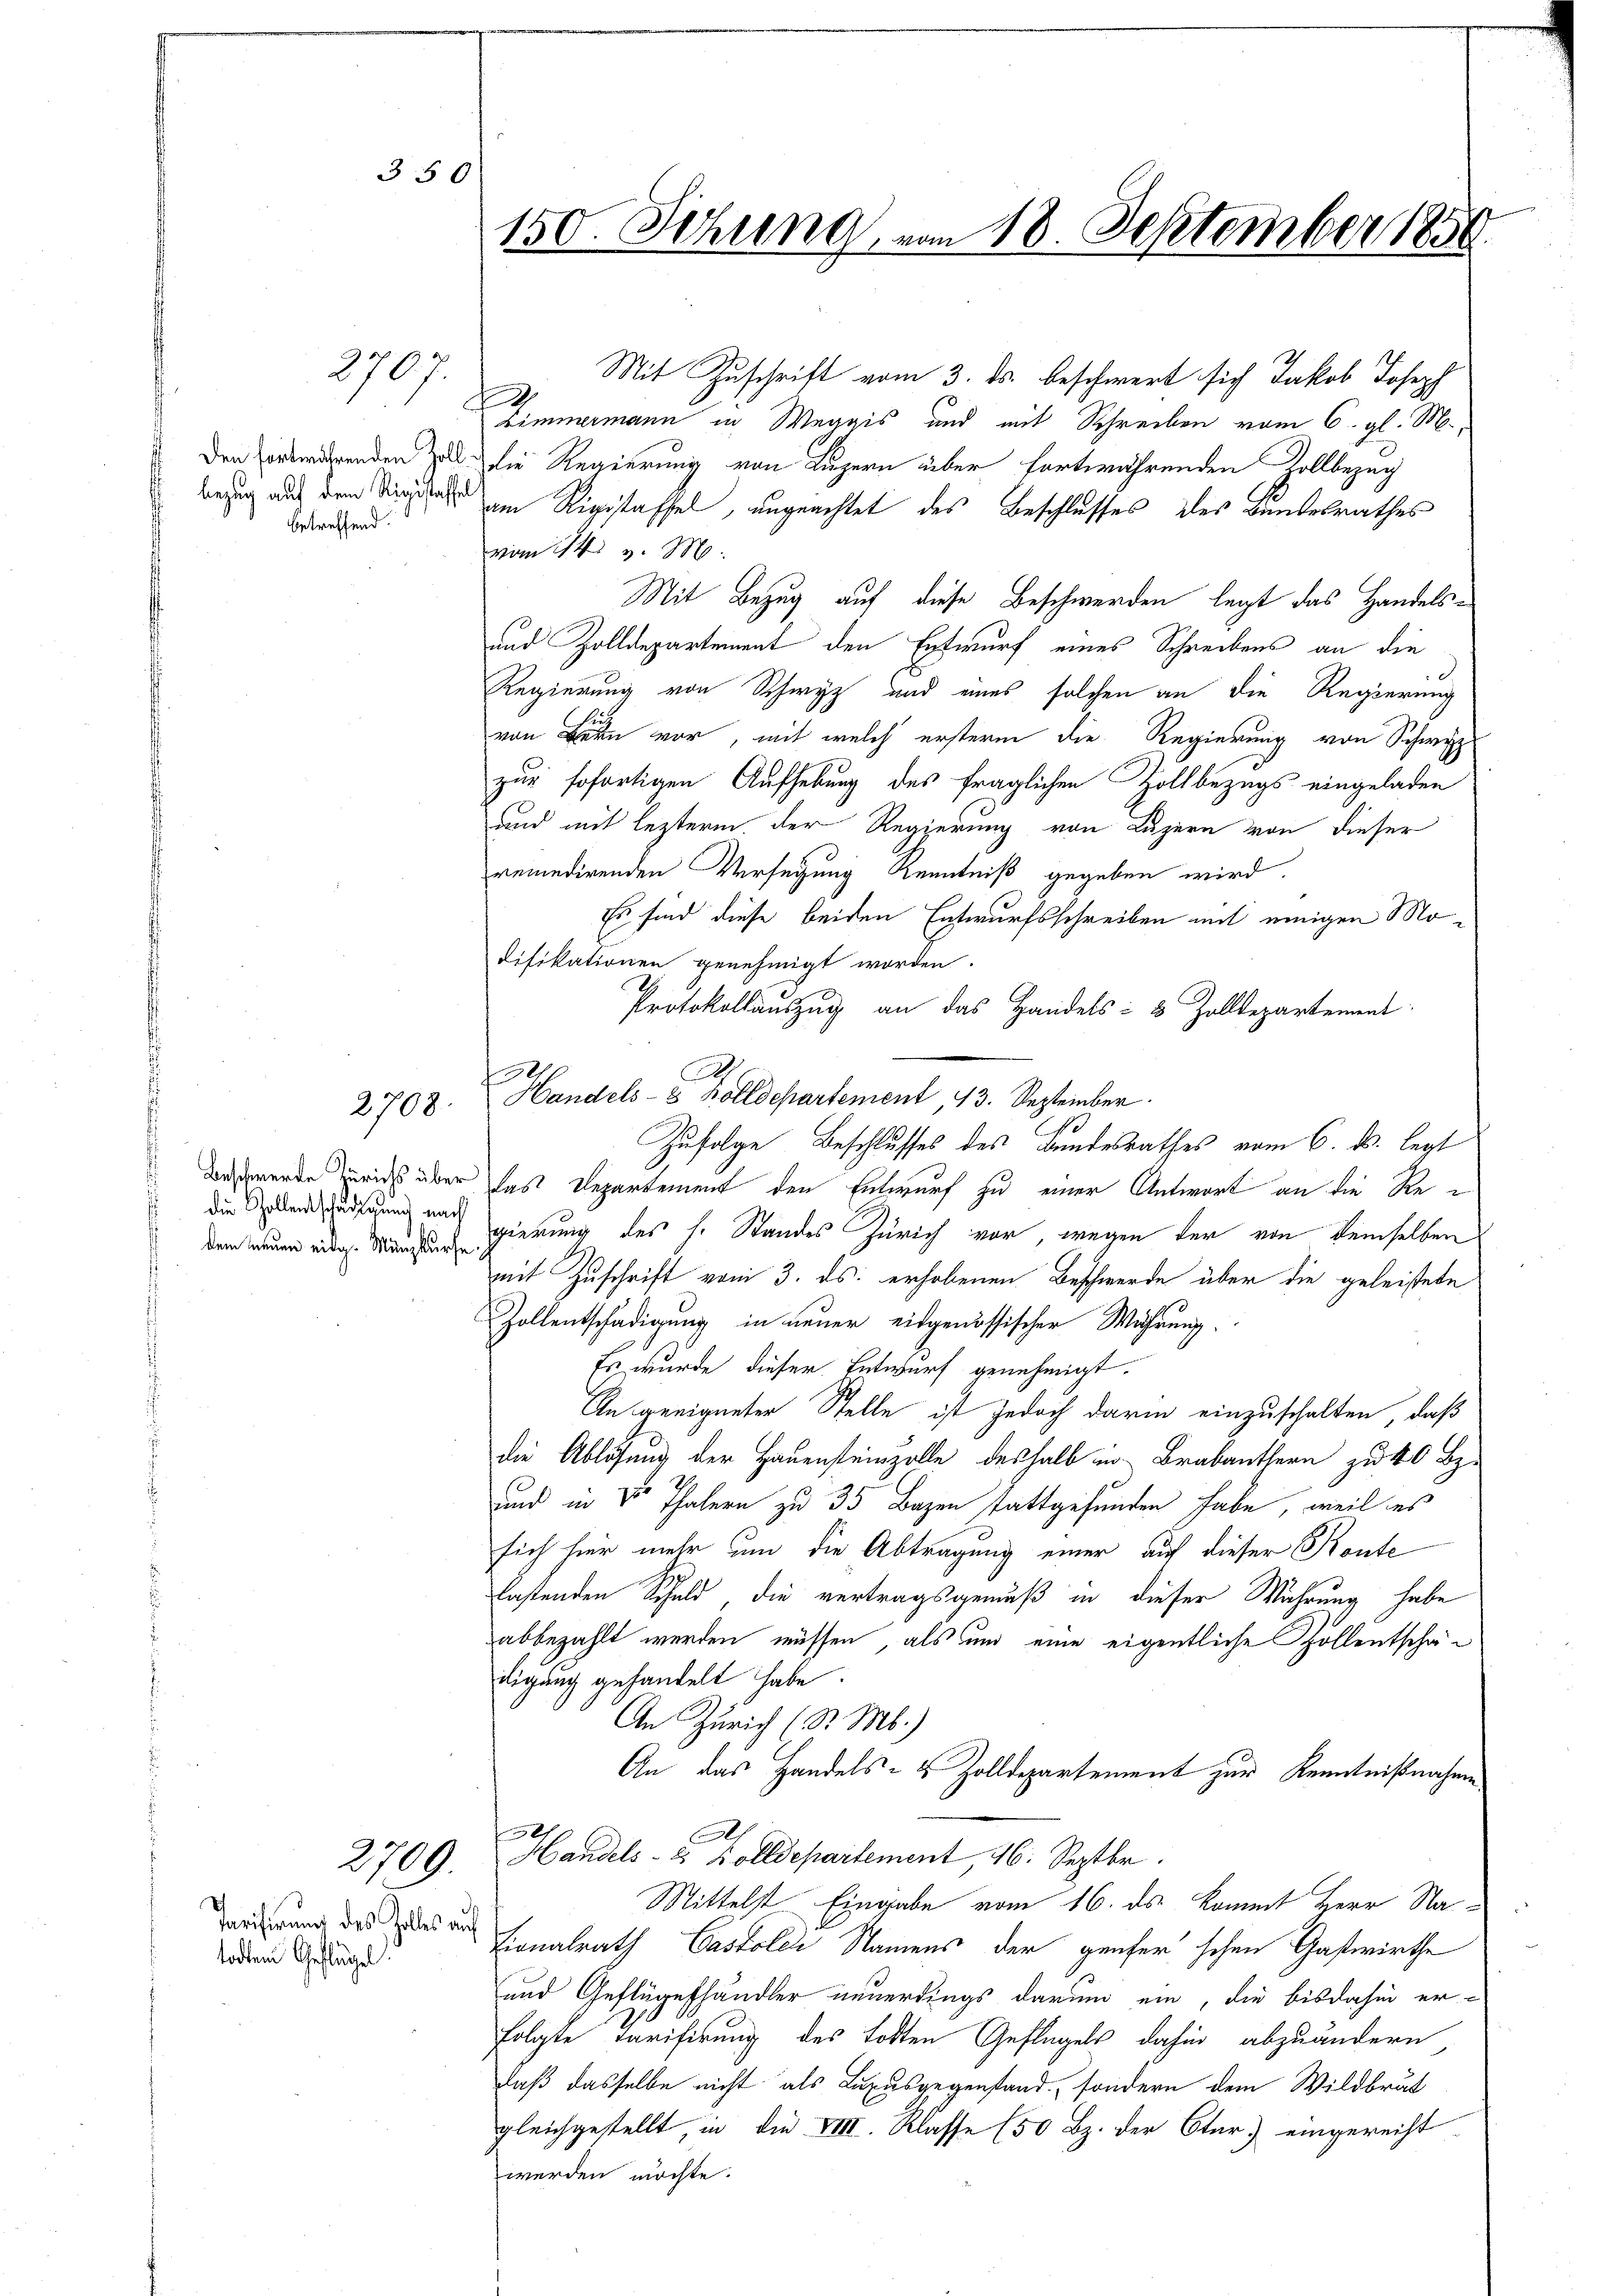
350

Den fortwährenden Zoll
bezug auf dem Rigistraffe
betreffend.

2708.

2707.
A

die Zollentschädigung nach

2709.

Parisirung des Zolles auf
todten Geflügel.

150. Sitzung vom 18. September 1850.

Mit Zuschrift vom 3. ds. beschwert sich Jakob Joseph
Zimmermann in Weggis und mit Schreiben vom 6. gl. M.,
die Regierung von Luzern über fortwährenden Zollbezug
am Rigistaffel, ungeachtet des Beschlusses des Bundesrathes
vom 14. v. M.
Mit Bezug auf diese Beschwerden legt das Handels¬
und Zolldepartement den Entwurf eines Schreibens an die
Regierung von Schwyz und eines solchen an die Regierung
von Bern vor, mit welch erstern die Regierung von Schwyz
zur sofortigen Aufhebung des fraglichen Zollbezugs eingeladen
und mit lezterm der Regierung von Luzern von dieser
remedirenden Verfügung Kenntniß gegeben wird.
Es sind diese beiden Entwurfsschreiben mit einigen Modifikationen genehmigt worden.
Protokollauszug an das Handels- & Zolldepartement
Zufolge Beschlusses des Bundesrathes vom 6. ds. legt
Beschwerde zurich über das Departement den Entwurf zu einer Antwort an die Redem neuen eidg. Mangen gierung des h. Standes Zürich vor, wegen der von demselben
mit Zuschrift vom 3. ds. erhobenen Beschwerde über die geleistete
Zollentschädigung in neuer eidgenössischer Wahrung.
Es wurde dieser Entwurf genehmigt.
An geeigneter Stelle ist jedoch darin einzuschalten, daß
die Ablösung der Hauensteinzolle deshalb in Brabanthern zu 40 Bz.
und in Vor Thalern zu 35 Bazen stattgefunden habe, weil es
sich hier mehr um die Abtragung einer auf dieser Konte
lastenden Schuld die vertragsgemäß in dieser Wahrung habe
abbezahlt werden müssen, als und eine eigentliche hollentschädigung gehandelt habe.
An Zürich (d. M.)
An das Handels- & Zolldepartement zur Kenntnißnahme
Handels- u. Bolldepartement, 16. Septbr.
Mittelst Eingabe vom 16. ds kommt Herr Nationalrath Castolle Namens der Genfer schen Gastwirthe
und Geflügelhändler neuerdings darum ein, die bisdahin er-
folgte Tarifirung des todten Geflügels dahin abzuändern
daß dasselbe nicht als Luxusgegenstand, sondern dem Wildbrut
gleichgestellt, in die VIII. Klasse (50 Bz. der Star) eingereicht
werden möchte.

A
Handels- 8 Zolldepartement, 13. September.